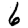
Digit: 6